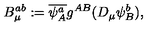
B _ { \mu } ^ { a b } : = \overline { { \psi _ { A } ^ { a } } } g ^ { A B } ( D _ { \mu } \psi _ { B } ^ { b } ) ,